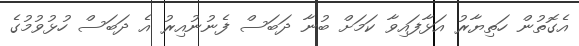
އެގޮތުން ހަތިޔާރު އަޅާފައިވާ ކަމަށް ބުނާ ދަބަސް ފެނުނުއިރު އެ ދަބަސް ހުޅުވުމުގެ